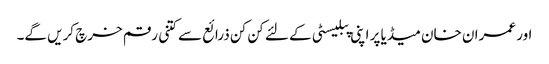
اور عمران خان میڈیا پر اپنی پبلیسٹی کے لئے کن کن ذرائع سے کتنی رقم خرچ کریں گے۔